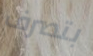
بتصرف